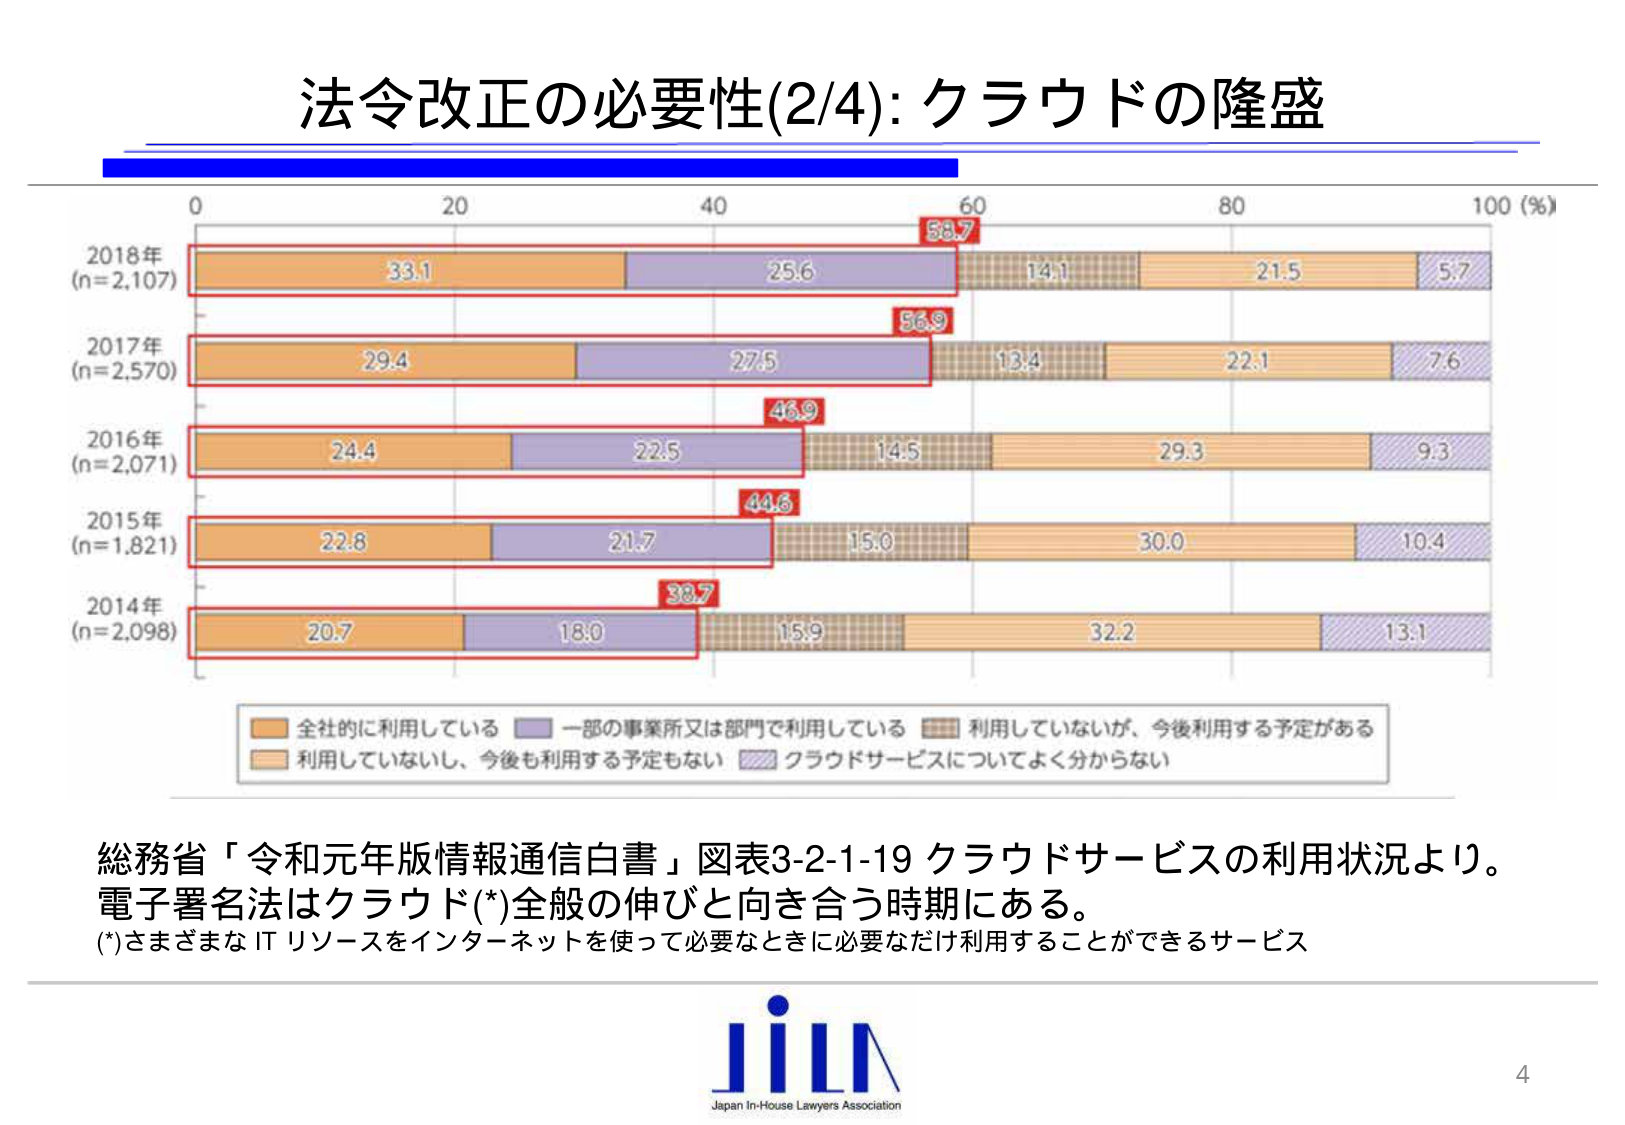
法令改正の必要性(2/4): クラウドの隆盛

0 20 40 60 80 100 (%)

2018年 (n=2,107) 33.1 25.6 58.7 14.1 21.5 5.7
2017年 (n=2,570) 29.4 27.5 56.9 13.4 22.1 7.6
2016年 (n=2,071) 24.4 22.5 46.9 14.5 29.3 9.3
2015年 (n=1,821) 22.8 21.7 44.6 15.0 30.0 10.4
2014年 (n=2,098) 20.7 18.0 38.7 15.9 32.2 13.1

全社的に利用している 一部の事業所又は部門で利用している 利用していないが、今後利用する予定がある
利用していないし、今後も利用する予定もない クラウドサービスについてよく分からない

総務省「令和元年版情報通信白書」図表3-2-1-19 クラウドサービスの利用状況より。
電子署名法はクラウド(*)全般の伸びと向き合う時期にある。
(*)さまざまな IT リソースをインターネットを使って必要なときに必要なだけ利用することができるサービス

JILA
Japan In-House Lawyers Association

4